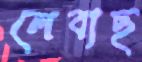
লেবাছ